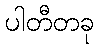
ပါတီတခု